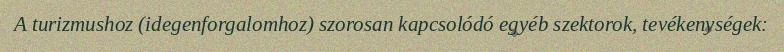
A turizmushoz (idegenforgalomhoz) szorosan kapcsolódó egyéb szektorok, tevékenységek: